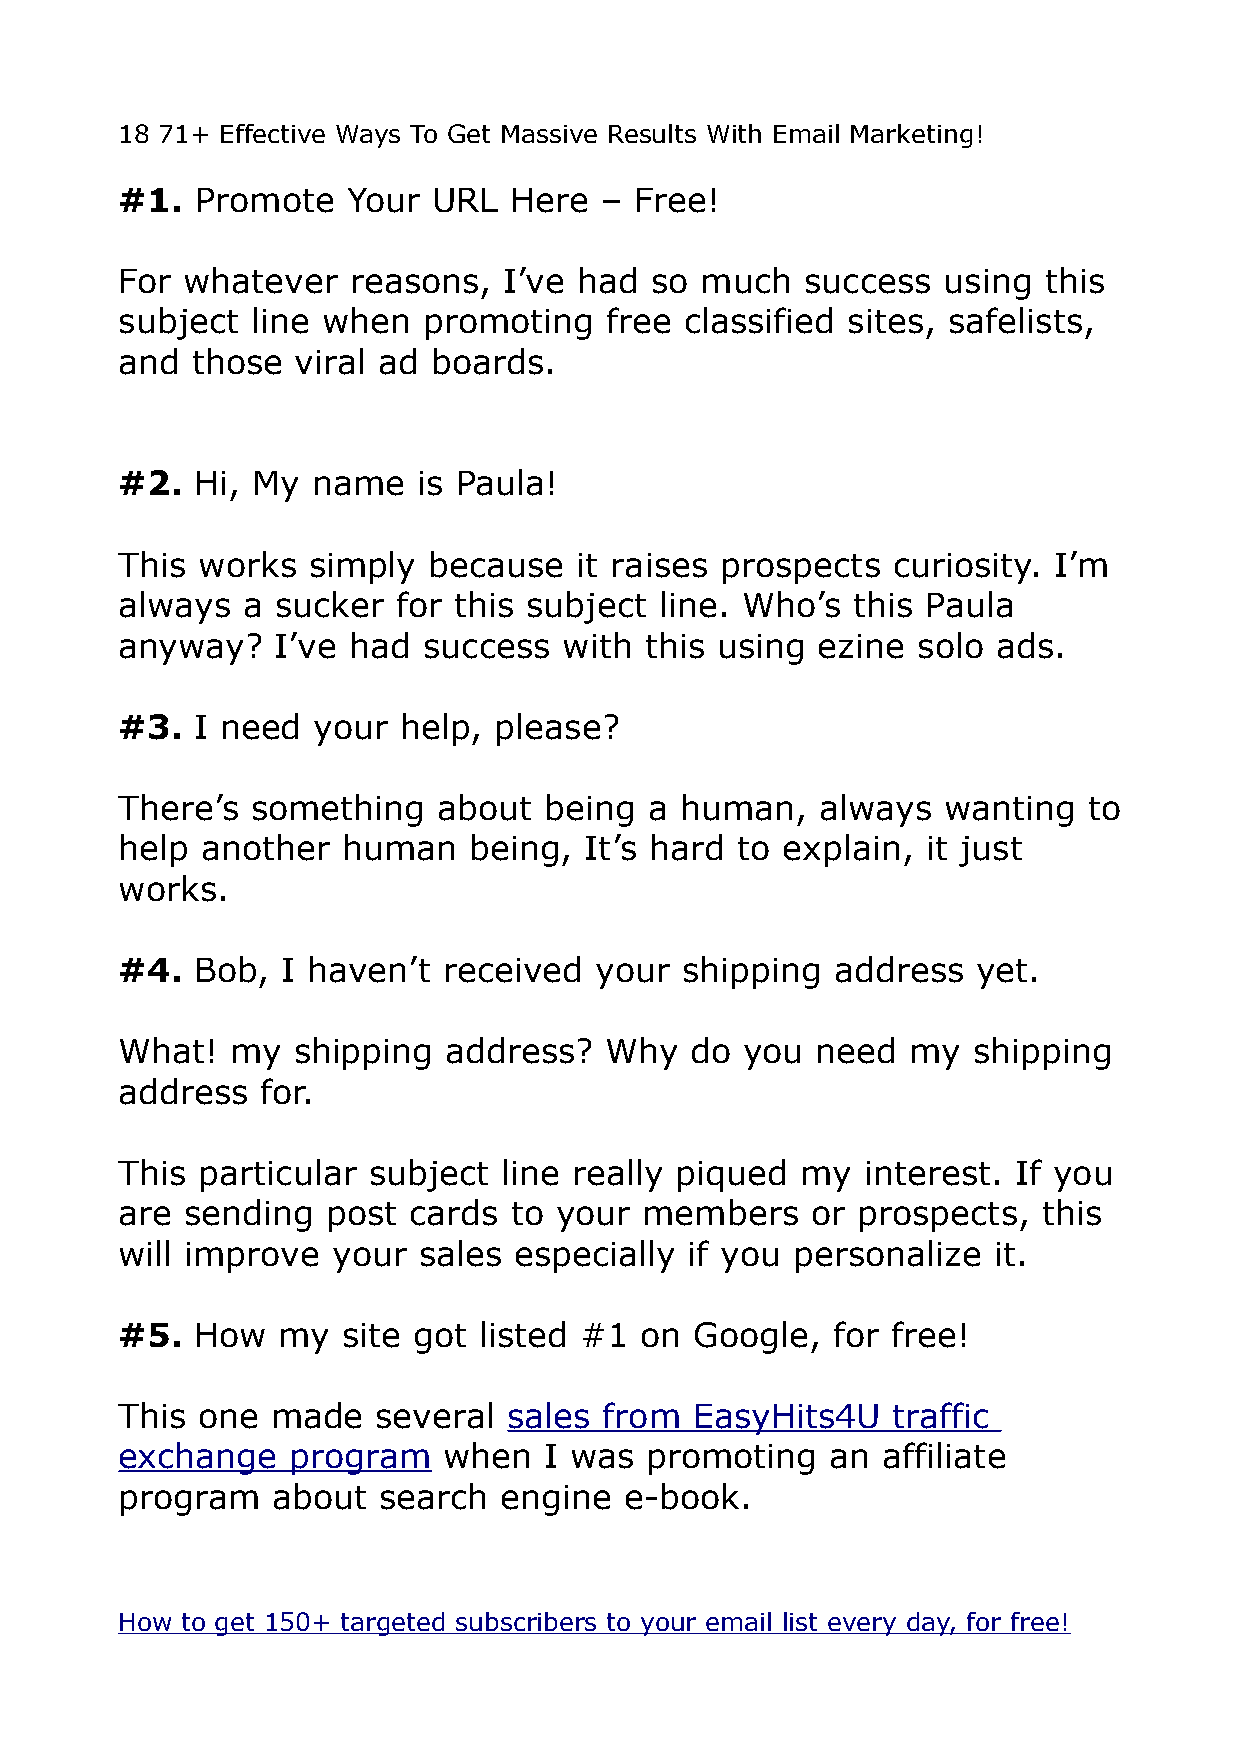
18 71+ Effective Ways To Get Massive Results With Email Marketing!
 #1.  Promote   Your  URL  Here  – Free!
 For whatever   reasons,  I’ve had  so much   success  using  this
 subject  line when  promoting   free classified sites, safelists,
 and  those  viral ad boards.
 #2.  Hi, My  name   is Paula!
 This works  simply  because   it raises prospects  curiosity. I’m
 always  a sucker  for this subject  line. Who’s this Paula
 anyway?   I’ve had  success  with  this using ezine  solo ads.
 #3.  I need  your  help, please?
 There’s  something   about  being  a human,   always  wanting   to
 help another   human   being,  It’s hard to explain, it just
 works.
 #4.  Bob,  I haven’t received  your  shipping  address   yet.
 What!  my  shipping   address?  Why   do you  need  my  shipping
 address  for.
 This particular subject  line really piqued  my  interest. If you
 are sending   post cards  to your  members    or prospects,  this
 will improve  your  sales especially  if you personalize  it.
 #5.  How  my   site got listed #1 on  Google,  for free!
 This one  made   several  sales from  EasyHits4U   traffic
 exchange   program   when   I was  promoting   an affiliate
 program   about  search  engine  e-book.
 How to get 150+ targeted subscribers to your email list every day, for free!